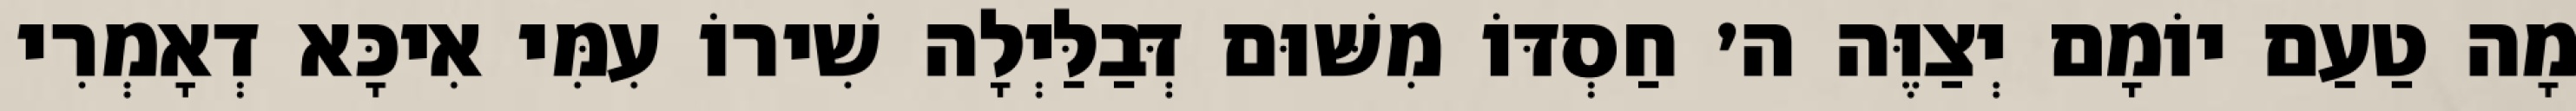
מָה טַעַם יוֹמָם יְצַוֶּה ה׳ חַסְדּוֹ מִשּׁוּם דְּבַלַּיְלָה שִׁירוֹ עִמִּי אִיכָּא דְאָמְרִי